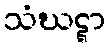
သံဃဋ္ဋာ